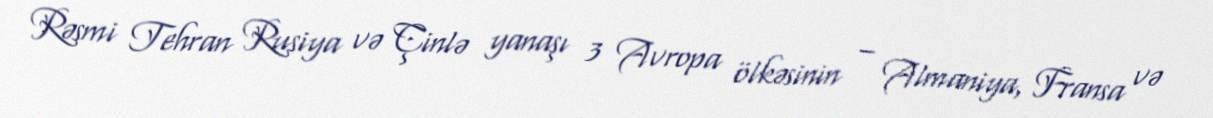
Rəsmi Tehran Rusiya və Çinlə yanaşı 3 Avropa ölkəsinin – Almaniya, Fransa və